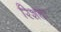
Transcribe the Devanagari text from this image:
रिशता